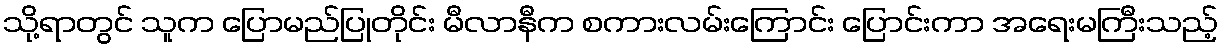
သို့ရာတွင် သူက ပြောမည်ပြုတိုင်း မီလာနီက စကားလမ်းကြောင်း ပြောင်းကာ အရေးမကြီးသည့်